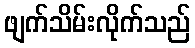
ဖျက်သိမ်းလိုက်သည်